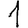
Digit: 1